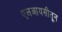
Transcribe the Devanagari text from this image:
एलआयसीतून